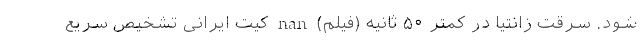
شود. سرقت زانتیا در کمتر ۵۰ ثانیه (فیلم) nan کیت ایرانی تشخیص سریع